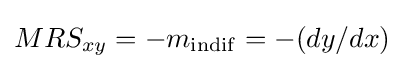
MRS_{xy}=-m_{\mathrm {indif} }=-(dy/dx)